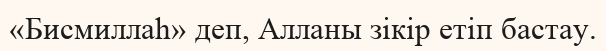
«Бисмиллаһ» деп, Алланы зікір етіп бастау.